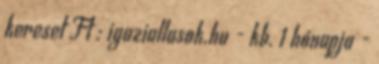
kereset Ft : igaziallasok.hu - kb. 1 hónapja -